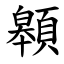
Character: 䫧